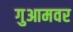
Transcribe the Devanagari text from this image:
गुआमवर